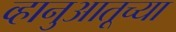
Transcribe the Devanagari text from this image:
व्हानुआतूच्या